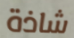
شاذة